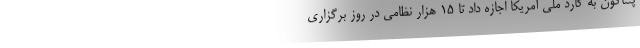
پنتاگون به گارد ملی آمریکا اجازه داد تا 15 هزار نظامی در روز برگزاری